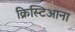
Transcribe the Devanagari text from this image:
क्रिस्टिआना